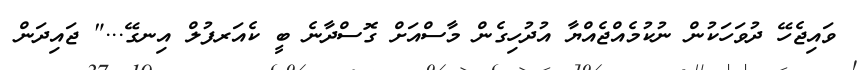
ވައިޖެހޭ ދުވަހަކުން ނުކުމެއްޖެއްޔާ އުދުހިގެން މާސްއަށް ގޮސްދާނެ ބީ ކެއަރފުލް އިނގޭ..." ޖައިދަން